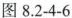
图8.2-4-6